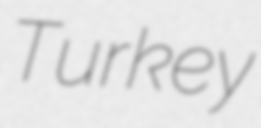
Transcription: Turkey